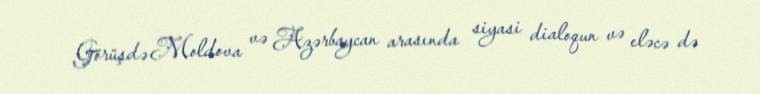
Görüşdə Moldova və Azərbaycan arasında siyasi dialoqun və eləcə də